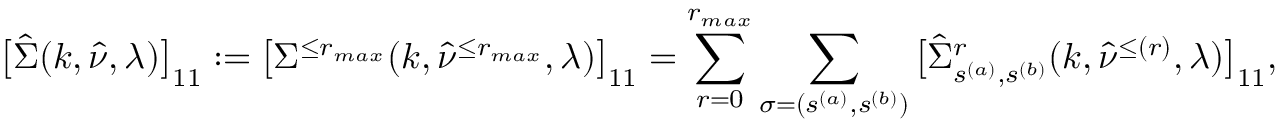
\big [ \hat { \Sigma } ( k , \hat { \nu } , \lambda ) \big ] _ { 1 1 } : = \big [ \Sigma ^ { \le r _ { m a x } } ( k , \hat { \nu } ^ { \le r _ { m a x } } , \lambda ) \big ] _ { 1 1 } = \sum _ { r = 0 } ^ { r _ { m a x } } \sum _ { \sigma = ( s ^ { ( a ) } , s ^ { ( b ) } ) } \big [ \hat { \Sigma } _ { s ^ { ( a ) } , s ^ { ( b ) } } ^ { r } ( k , \hat { \nu } ^ { \le ( r ) } , \lambda ) \big ] _ { 1 1 } ,